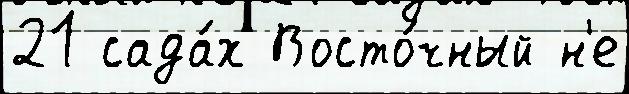
21 сада́х Восто́чный н'е